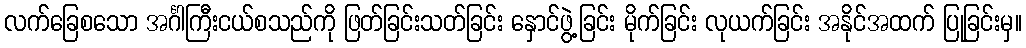
လက်ခြေစသော အင်္ဂါကြီးငယ်စသည်ကို ဖြတ်ခြင်းသတ်ခြင်း နှောင်ဖွဲ့ခြင်း မိုက်ခြင်း လုယက်ခြင်း အနိုင်အထက် ပြုခြင်းမှ။